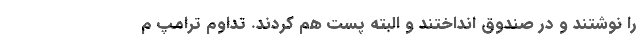
را نوشتند و در صندوق انداختند و البته پست هم کردند. تداوم ترامپ م